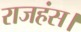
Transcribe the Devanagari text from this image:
राजहंस।